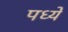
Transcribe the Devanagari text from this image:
पध्ये